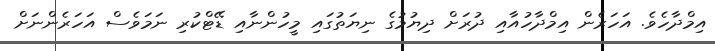
އިމްދާހެވެ. އަހަރެން އިމްދާހުއާއި ދުރަށް ދިޔުމުގެ ނިޔަތުގައި މީހުންނާއި ޑޭޓްކުރި ނަމަވެސް އަހަރެންނަށް